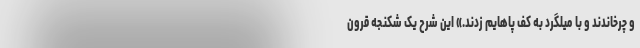
و چرخاندند و با میلگرد به کف پاهایم زدند.» این شرح یک شکنجه قرون